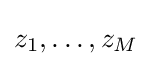
z_{1},\ldots ,z_{M}